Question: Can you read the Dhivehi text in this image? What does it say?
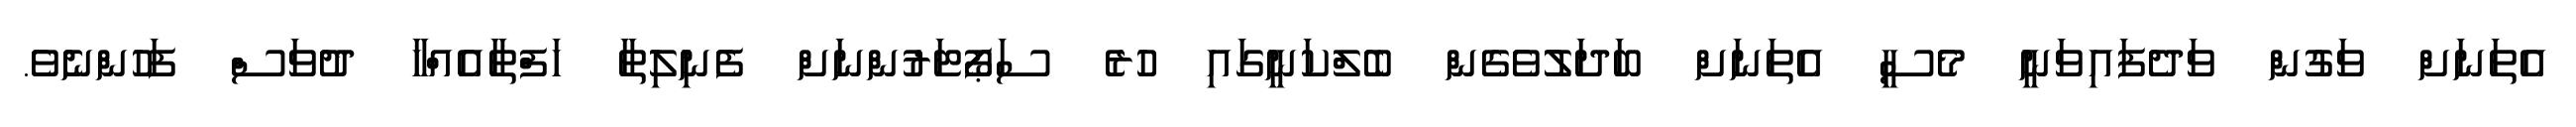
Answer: އެތަނަށް ވަގުން ވަދެފައިވަނީ މެސީ އެތަނަށް ބަދަލުވެގެން ބެލްކަނީގައި ހުރެ ސަޕޯޓަރުންނަށް ފެނިލިތާ ހަފްތާއެއްހާ ދުވަސް ފަހުންނެވެ.